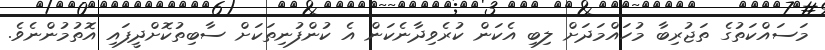
މަސައްކަތުގެ ތަޖުރިބާ މުހައްމަދަށް ލިބި އެކަން ކުރެވިދާނެކަން އެ ކުންފުނިތަކަށް ސާބިތުކޮށްދީފައި އޮތުމުންނެވެ.